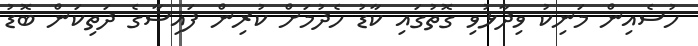
ހުސެއިން މަނިކު ވިދާޅުވި ގޮތުގައި ކާޑު ހެދުމަށް ކުރިން ފައިސާގެ ދަތިކަން ބޮޑު